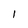
Character: l